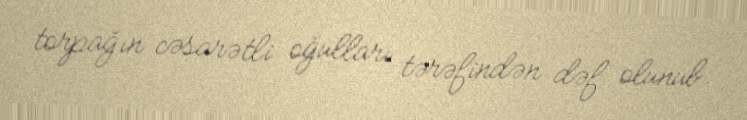
torpağın cəsarətli oğulları tərəfindən dəf olunub.